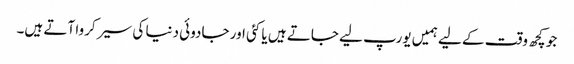
جو کچھ وقت کے لیے ہمیں یورپ لیے جاتے ہیں یا کئی اور جادوئی دنیا کی سیر کروا آتے ہیں۔